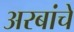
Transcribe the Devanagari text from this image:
अरबांचे